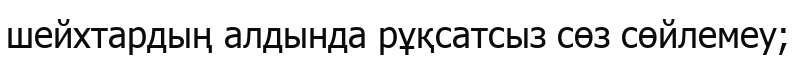
шейхтардың алдында рұқсатсыз сөз сөйлемеу;